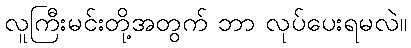
လူကြီးမင်းတို့အတွက် ဘာ လုပ်ပေးရမလဲ။